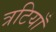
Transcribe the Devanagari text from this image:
त्रटियाँ